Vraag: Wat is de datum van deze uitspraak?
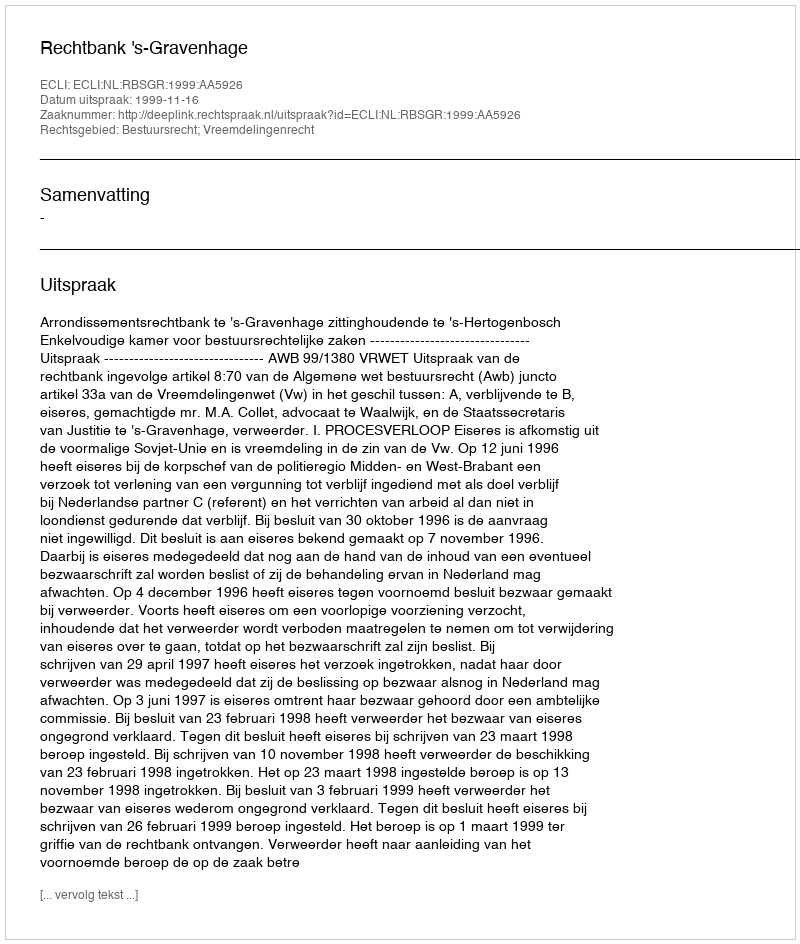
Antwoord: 1999-11-16